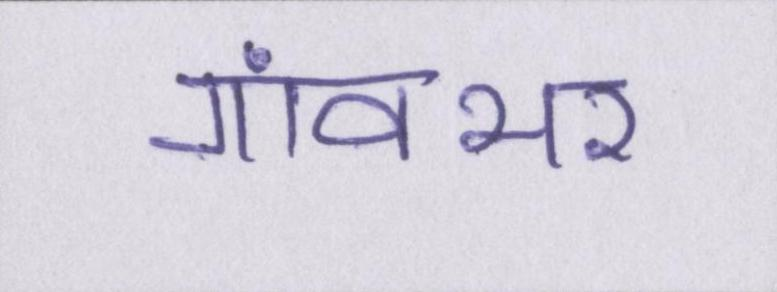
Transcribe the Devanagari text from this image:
गांवभर